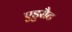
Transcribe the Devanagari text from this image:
एडुसैट